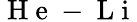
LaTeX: \mathrm{~H~e~}-\mathrm{~L~i~}